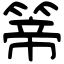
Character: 𥰆